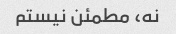
نه، مطمئن نیستم